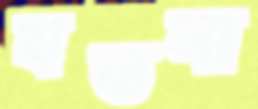
যতনা